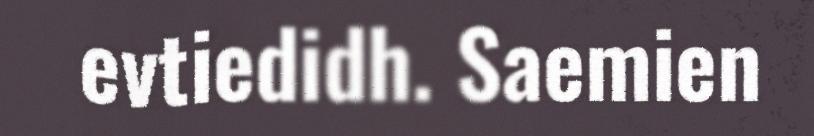
evtiedidh. Saemien